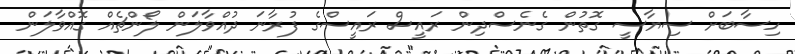
ހިސާބަށް ސިޔާސީ ގޮތުން ގެނެސްދިން ރައީސް ރައީސްގެ ފުރާނަ ދުއްވާލަން ލޯންޗެއް ގޮއްވާލަން